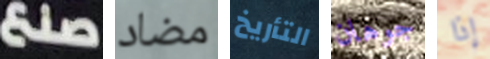
صنع مضاد التأريخ جوهان إذا